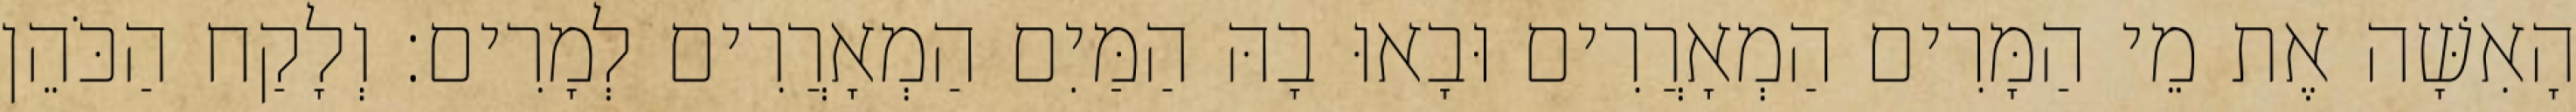
הָאִשָּׁה אֶת מֵי הַמָּרִים הַמְאָרֲרִים וּבָאוּ בָהּ הַמַּיִם הַמְאָרֲרִים לְמָרִים׃ וְלָקַח הַכֹּהֵן